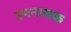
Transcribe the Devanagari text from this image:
उपनायक